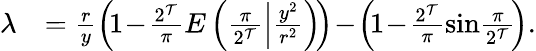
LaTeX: \begin{array}{rl}{\lambda}&{=\frac{r}{y}\left(\! 1\! -\! \frac{2^{\mathcal T}}{\pi}E\left(\frac{\pi}{2^{\mathcal T}}\Big|\frac{y^{2}}{r^{2}}\right)\! \right)\! -\! \left(\! 1\! -\! \frac{2^{\mathcal T}}{\pi}\sin\! \frac{\pi}{2^{\mathcal T}}\! \right).}\end{array}